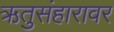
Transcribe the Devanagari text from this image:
ऋतुसंहारावर